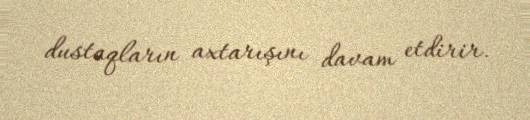
dustaqların axtarışını davam etdirir.